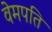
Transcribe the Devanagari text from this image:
वेमपति